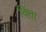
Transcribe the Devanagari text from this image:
वित्ता